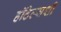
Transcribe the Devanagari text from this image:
हॉटेल्सशी